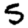
Digit: 5